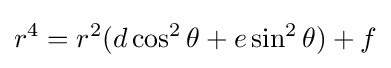
r^{4}=r^{2}(d\cos ^{2}\theta +e\sin ^{2}\theta )+f